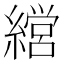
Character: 𮉇